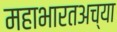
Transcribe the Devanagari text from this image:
महाभारतअच्या